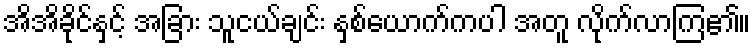
အိအိခိုင်နှင့် အခြား သူငယ်ချင်း နှစ်ယောက်ကပါ အတူ လိုက်လာကြ၏။